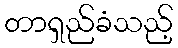
တာရှည်ခံသည့်